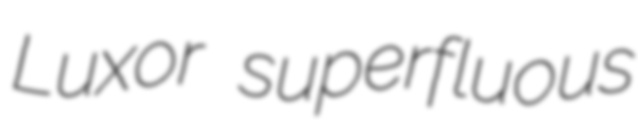
Luxor superfluous